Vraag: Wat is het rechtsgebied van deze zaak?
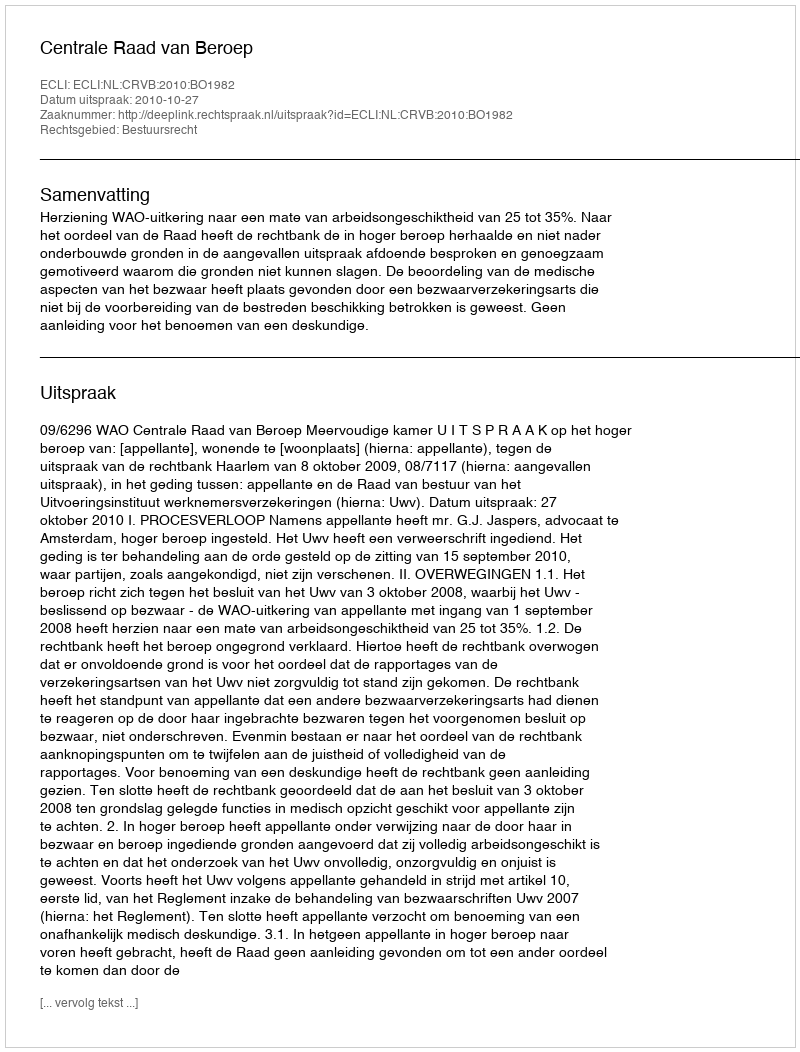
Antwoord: Bestuursrecht